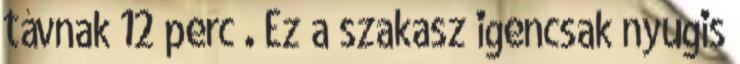
távnak 12 perc . Ez a szakasz igencsak nyugis